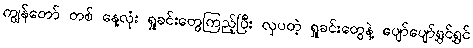
ကျွန်တော် တစ် နေ့လုံး ရှုခင်းတွေကြည့်ပြီး လှပတဲ့ ရှုခင်းတွေနဲ့ ပျော်ပျော်ရွှင်ရွှင်